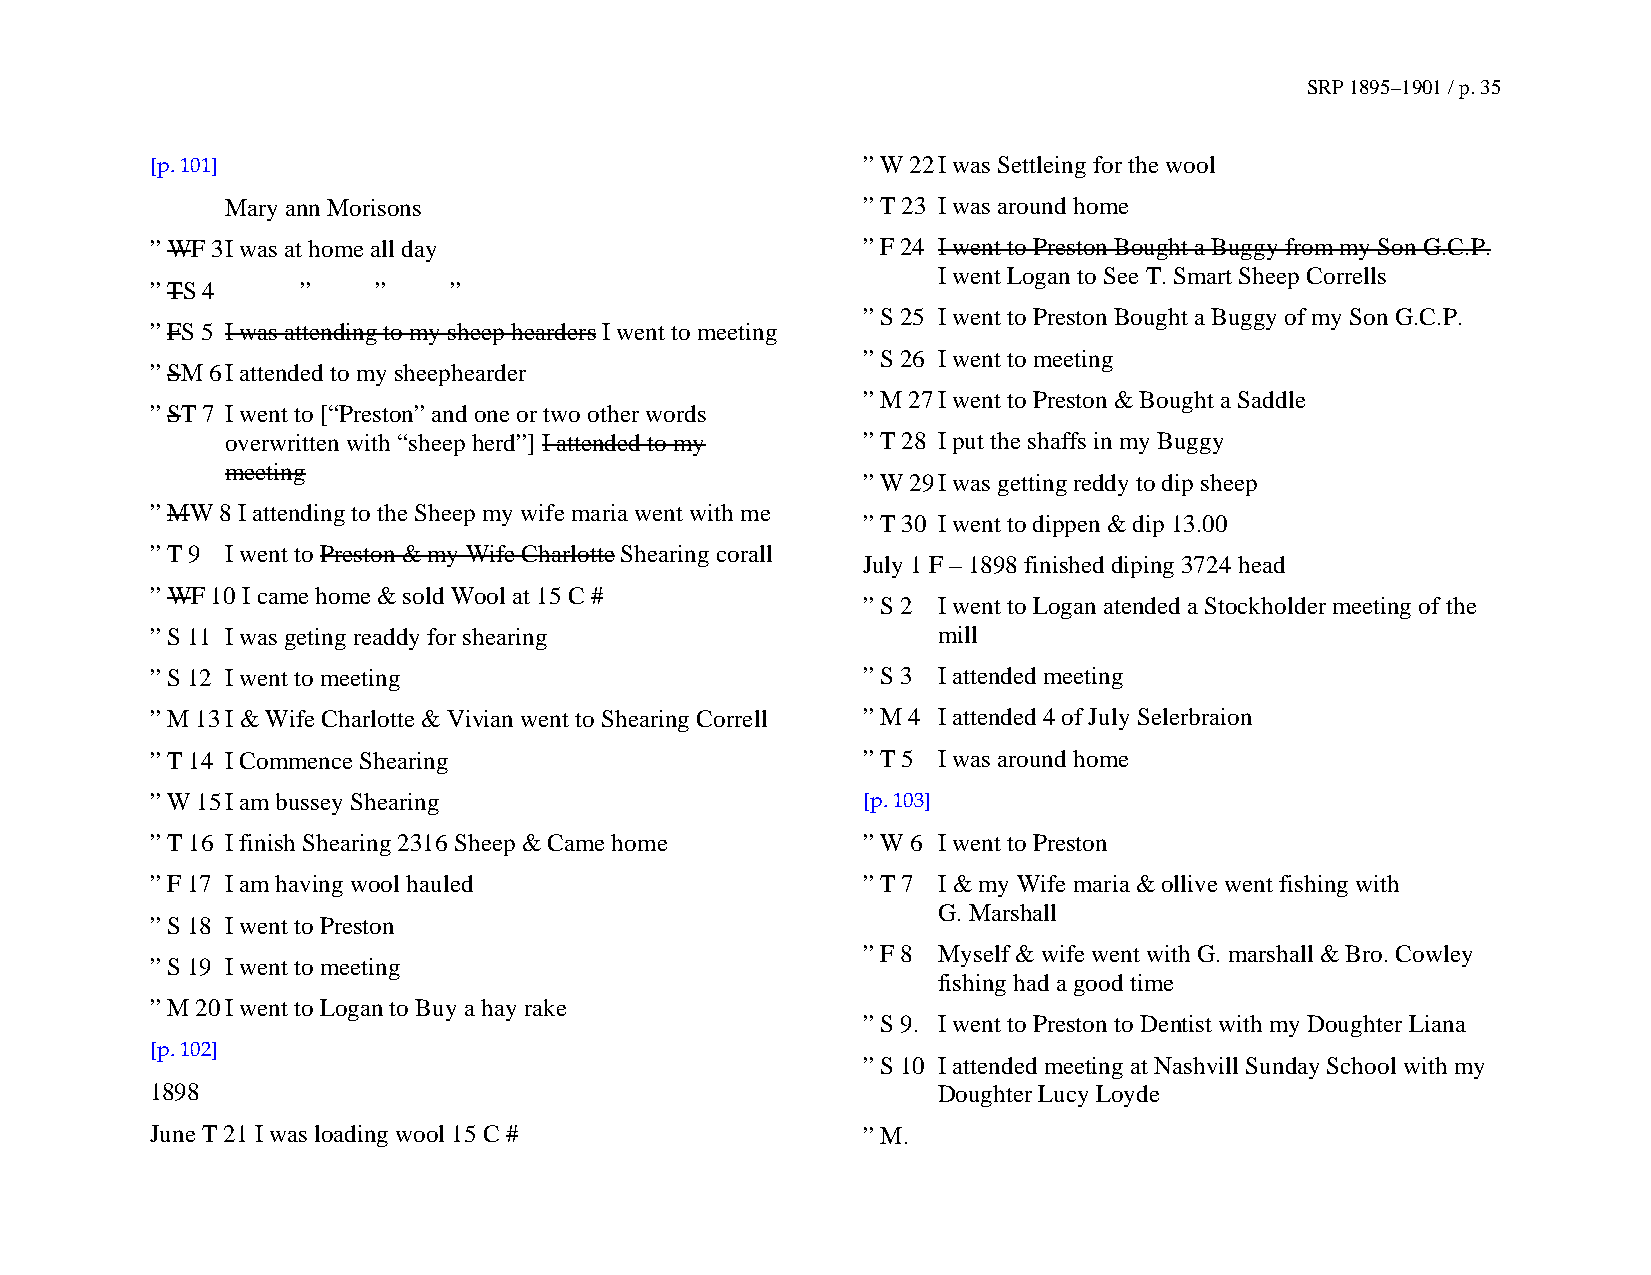
SRP 1895–1901 / p. 35
 [p. 101]                                       ” W 22 I was Settleing for the wool
 Mary ann Morisons                         ” T 23 I was around home
 ” WF 3 I was at home all day                   ” F 24 I went to Preston Bought a Buggy from my Son G.C.P.
 I went Logan to See T. Smart Sheep Corrells
 ” TS 4    ”    ”    ”
 ” S 25 I went to Preston Bought a Buggy of my Son G.C.P.
 ” FS 5 I was attending to my sheep hearders I went to meeting
 ” S 26 I went to meeting
 ” SM 6 I attended to my sheephearder
 ” M 27 I went to Preston & Bought a Saddle
 ” ST 7 I went to [“Preston” and one or two other words
 overwritten with “sheep herd”] I attended to my ” T 28 I put the shaffs in my Buggy
 meeting
 ” W 29 I was getting reddy to dip sheep
 ” MW 8 I attending to the Sheep my wife maria went with me
 ” T 30 I went to dippen & dip 13.00
 ” T 9 I went to Preston & my Wife Charlotte Shearing corall
 July 1 F – 1898 finished diping 3724 head
 ” WF 10 I came home & sold Wool at 15 C #
 ” S 2 I went to Logan atended a Stockholder meeting of the
 ” S 11 I was geting readdy for shearing             mill
 ” S 12 I went to meeting                       ” S 3 I attended meeting
 ” M 13 I & Wife Charlotte & Vivian went to Shearing Correll ” M 4 I attended 4 of July Selerbraion
 ” T 14 I Commence Shearing                     ” T 5 I was around home
 ” W 15 I am bussey Shearing                    [p. 103]
 ” T 16 I finish Shearing 2316 Sheep & Came home ” W 6 I went to Preston
 ” F 17 I am having wool hauled                 ” T 7 I & my Wife maria & ollive went fishing with
 G. Marshall
 ” S 18 I went to Preston
 ” F 8 Myself & wife went with G. marshall & Bro. Cowley
 ” S 19 I went to meeting
 fishing had a good time
 ” M 20 I went to Logan to Buy a hay rake
 ” S 9. I went to Preston to Dentist with my Doughter Liana
 [p. 102]
 ” S 10 I attended meeting at Nashvill Sunday School with my
 1898                                                Doughter Lucy Loyde
 June T 21 I was loading wool 15 C #            ” M.